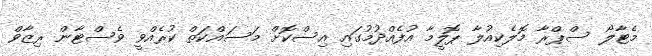
މެޓާލޯ ސްޕްރާ މޮލެކިއުލާ ޕޮލީމާ އުފެއްދުމުގައި އިސްކޮށް މަސައްކަތް ކުރެއްވީ ވެސްޓާން ރިޒާވް